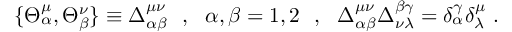
\{ \Theta _ { \alpha } ^ { \mu } , \Theta _ { \beta } ^ { \nu } \} \equiv \Delta _ { \alpha \beta } ^ { \mu \nu } ~ ~ , ~ ~ \alpha , \beta = 1 , 2 ~ ~ , ~ ~ \Delta _ { \alpha \beta } ^ { \mu \nu } \Delta _ { \nu \lambda } ^ { \beta \gamma } = \delta _ { \alpha } ^ { \gamma } \delta _ { \lambda } ^ { \mu } ~ .